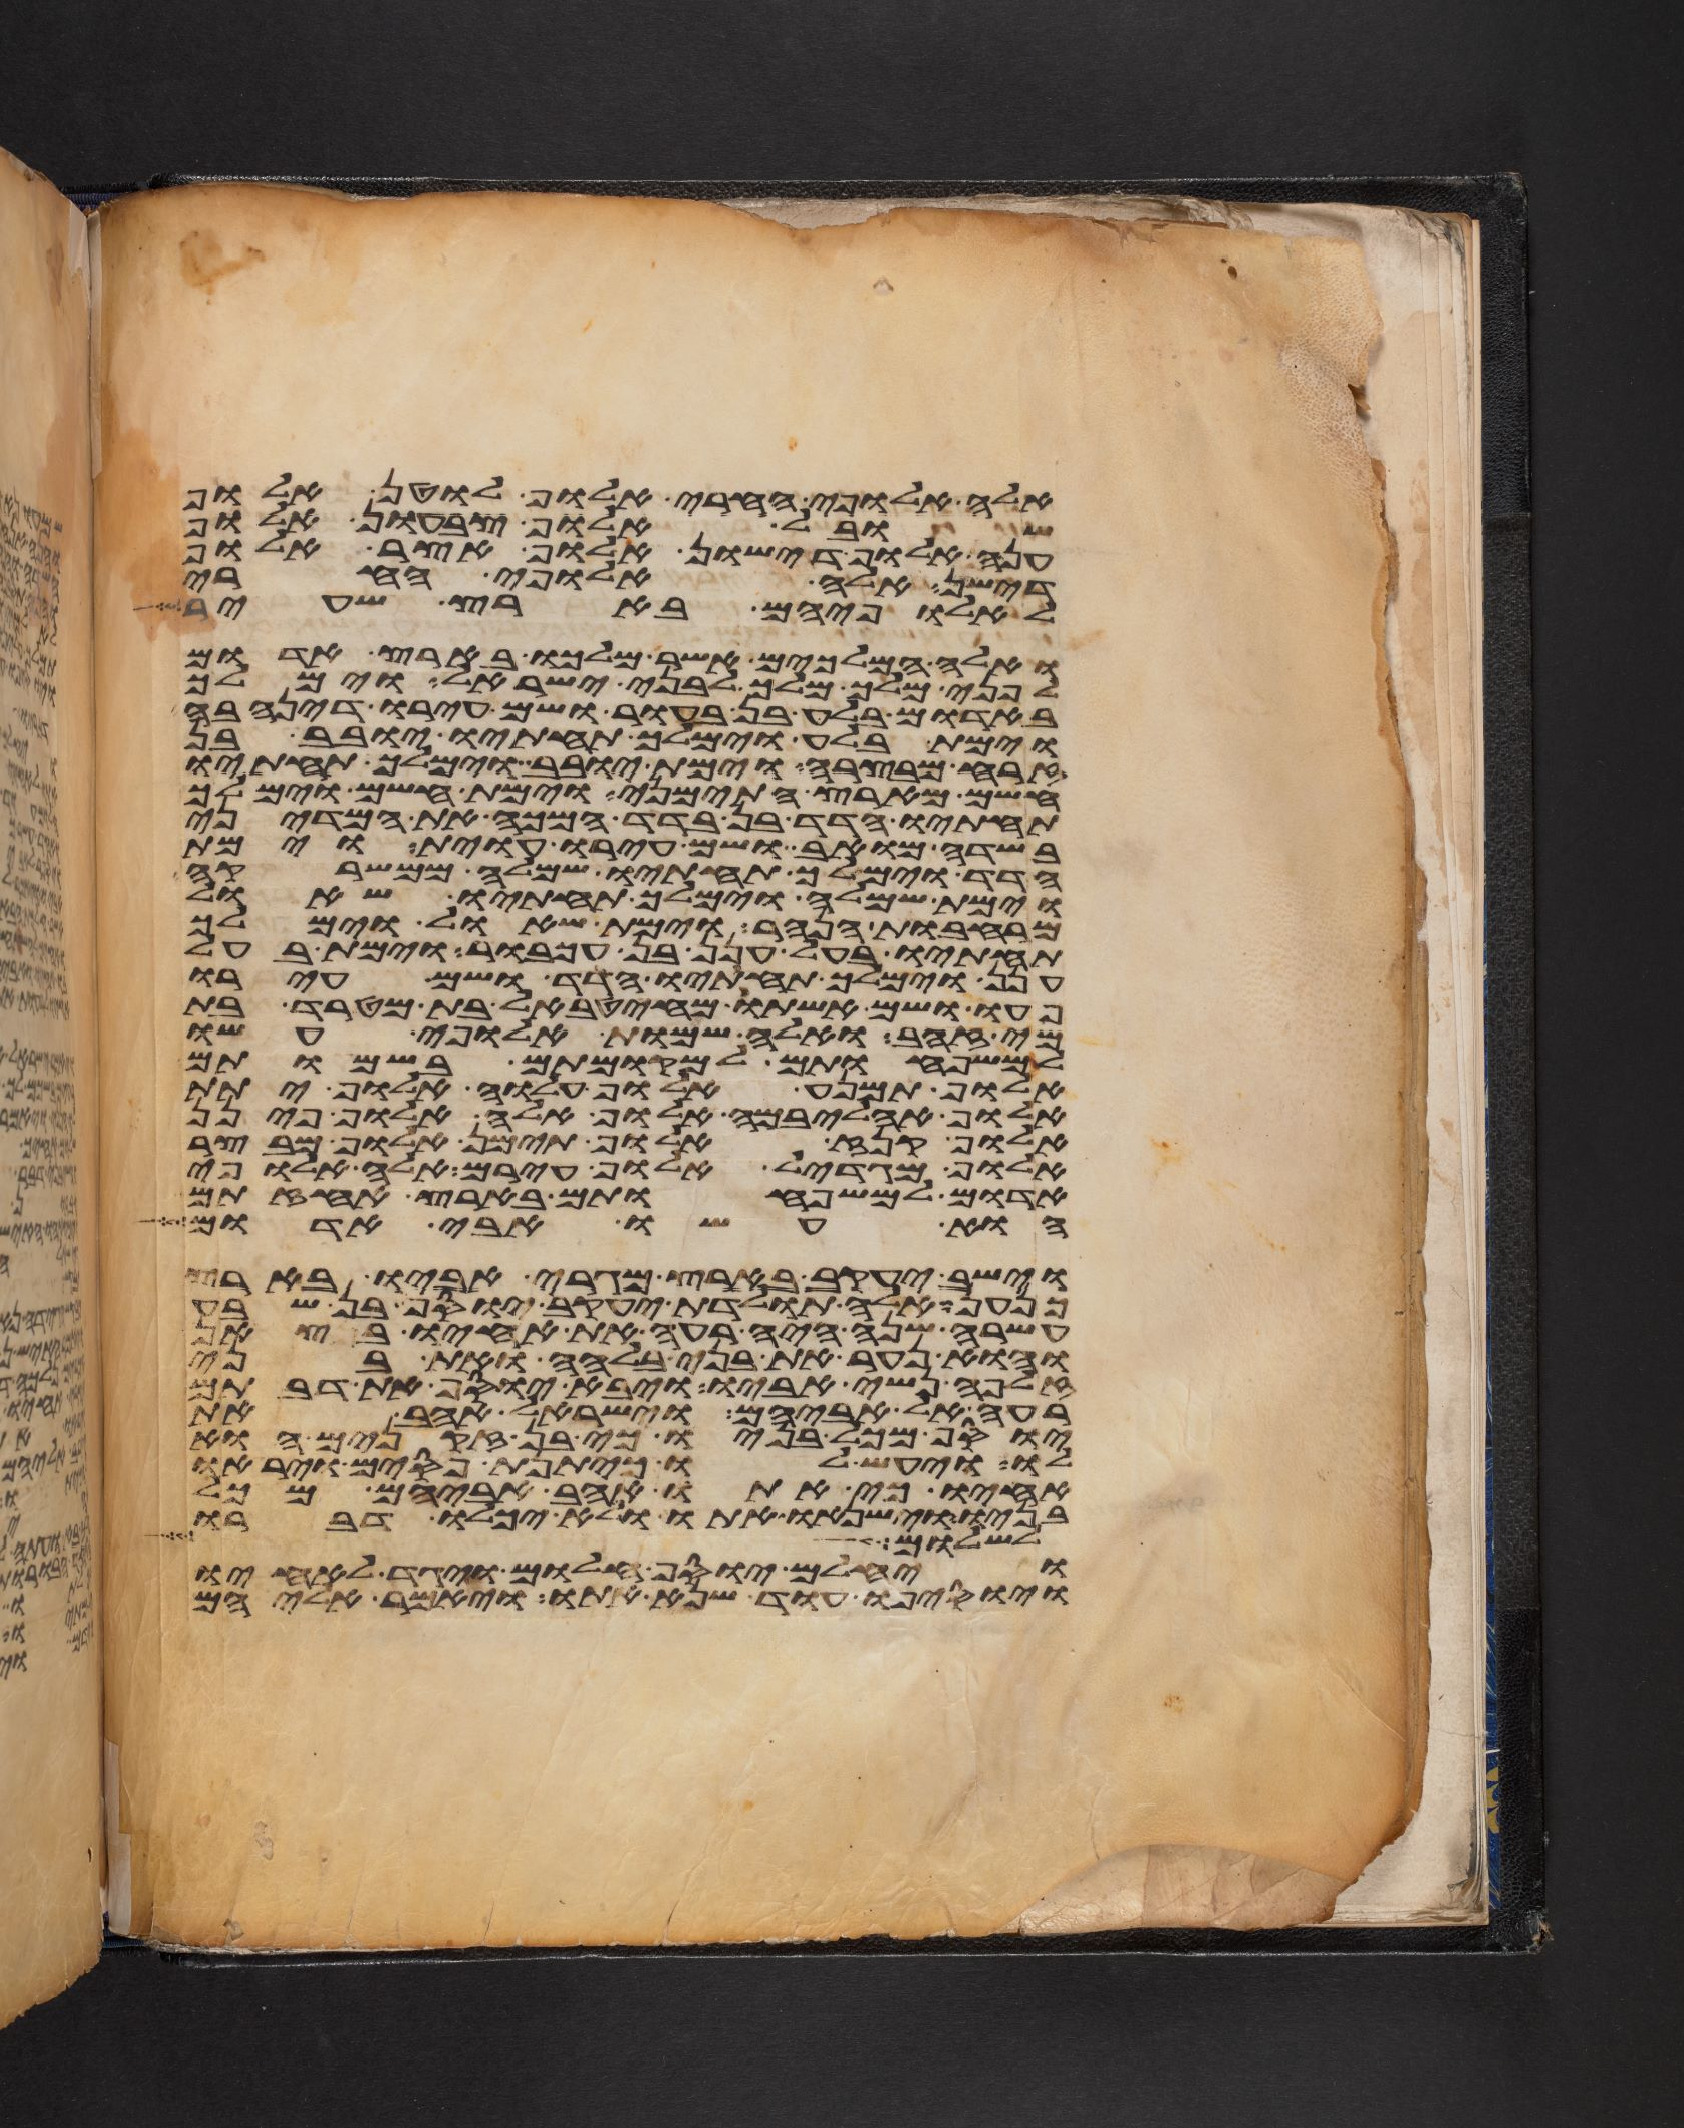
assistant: אלה אלופי החרי אלוף לוטן אלוף
שובל אלוף צבעון אלוף
ענה אלוף דישון אלוף אצר אלוף
דישן אלה אלופי החרי
לאלופיהם בארץ שעיר
ואלה המלכים אשר מלכו בארץ אדום
לפני מלך מלך לבני ישראל וימלך
באדום בלע בן בעור ושם עירו דנהבה
וימת בלע וימלך תחתיו יובב בן
זרח מבצרה וימת יובב וימלך תחתיו
חשם מארץ התימני וימת חשם וימלך
תחתיו הדד בן בדד המכה את המדיני
בשדה מואב ושם עירו עוית וימת
הדד וימלך תחתיו שמלה ממשרקה
וימת שמלה וימלך תחתיו שאול
מרחבות הנהר וימת שאול וימלך
תחתיו בעל חנן בן עכבור וימת בעל
חנן וימלך תחתיו הדד ושם עירו
פעו ושם אשתו מהטבאל בת מטרד בת
מי זהב ואלה שמות אלופי עשו
למשפחותם למקומותם בשמותם
אלוף תמנע אלוף עלוה אלוף יתת
אלוף אהליבמה אלוף אלה אלוף פינן
אלוף קנז אלוף תימן אלוף מבצר
אלוף מגדאל אלוף עירם אלה אלופי
אדום למשפחותם בארץ אחזתם
הוא עשו אבי אדום
וישב יעקב בארץ מגרי אביו בארץ
כנען אלה תולדת יעקב יוסף בן שבע
עשרה שנה היה רעה את אחיו בצאן
והוא נער את בני בלהה ואת בני
זלפה נשי אביו ויבא יוסף את דבתם
רעה אל אביהם וישראל אהב את
יוסף מכל בניו כי בן זקנים הוא
לו ויעש לו כיתנת פסים ויראו
אחיו כי אתו אהב אביהם מכל
בניו וישנאו אתו ולא יכלו דבריו
לשלום אל
ויחלם יוסף חלום ויגד לאחיו
ויוסיפו עוד שנא אתו ויאמר אליהם